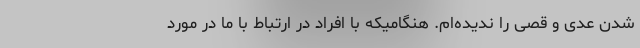
شدن عدی و قصی را ندیده‌ام. هنگامیکه با افراد در ارتباط با ما در مورد